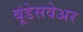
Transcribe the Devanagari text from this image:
बूंडेसवेअर